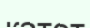
катет